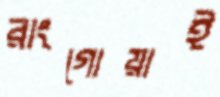
রাংগোয়াই